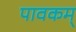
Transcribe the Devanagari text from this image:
पावकम्